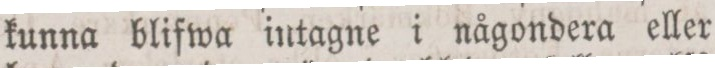
kunna blifwa intagne i någondera eller